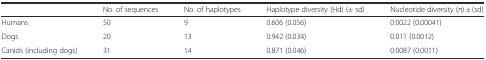
<table><thead><tr><td></td><td><b>No. of sequences</b></td><td><b>No. of haplotypes</b></td><td><b>Haplotype diversity (Hd) (± sd)</b></td><td><b>Nucleotide diversity (π) ± (sd)</b></td></tr></thead><tbody><tr><td>Humans</td><td>50</td><td>9</td><td>0.606 (0.056)</td><td>0.0022 (0.00041)</td></tr><tr><td>Dogs</td><td>20</td><td>13</td><td>0.942 (0.034)</td><td>0.011 (0.0012)</td></tr><tr><td>Canids (including dogs)</td><td>31</td><td>14</td><td>0.871 (0.046)</td><td>0.0087 (0.0011)</td></tr></tbody></table>